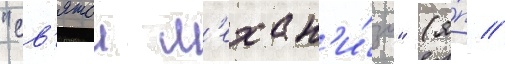
"св'ятои м'ехан'и́зм" (я́п //